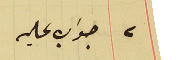
٢ جواب عليه